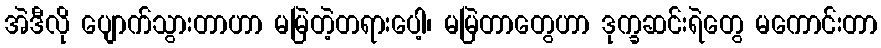
အဲဒီလို ပျောက်သွားတာဟာ မမြဲတဲ့တရားပေါ့၊ မမြဲတာတွေဟာ ဒုက္ခဆင်းရဲတွေ မကောင်းတာ